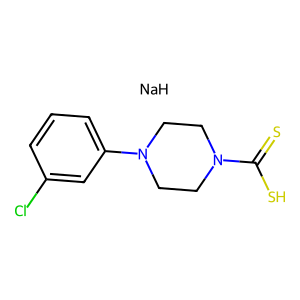
SMILES: S=C(S)N1CCN(c2cccc(Cl)c2)CC1.[NaH]
Inhibits HIV replication: No